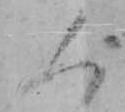
く